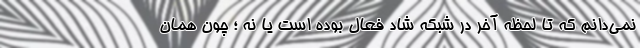
نمی‌دانم که تا لحظه آخر در شبکه شاد فعال بوده است یا نه ؛ چون همان